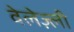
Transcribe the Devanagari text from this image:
वेलेज़्ली